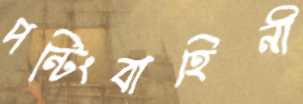
পন্টিংবাহিনী